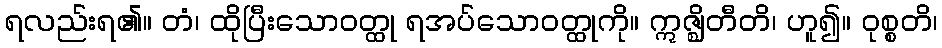
ရလည်းရ၏။ တံ၊ ထိုပြီးသောဝတ္ထု ရအပ်သောဝတ္ထုကို။ ဣဇ္ဈိတီတိ၊ ဟူ၍။ ဝုစ္စတိ၊